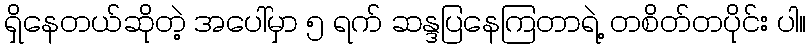
ရှိနေတယ်ဆိုတဲ့ အပေါ်မှာ ၅ ရက် ဆန္ဒပြနေကြတာရဲ့ တစိတ်တပိုင်း ပါ။